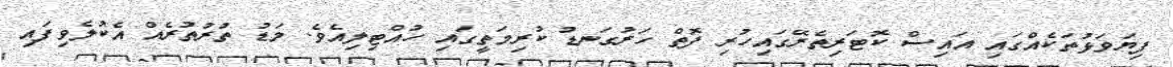
ފިޔަވަޅުތަކެއްގައި އައިސް ކޮޓަރިތެރޭގައިހުރި ފޮތް ހަރުގަނޑު ކުރިމަތީގައި ހުއްޓިލިއެވެ. މަޑު ތުރުތުރެއް އެކުލެވިފައި